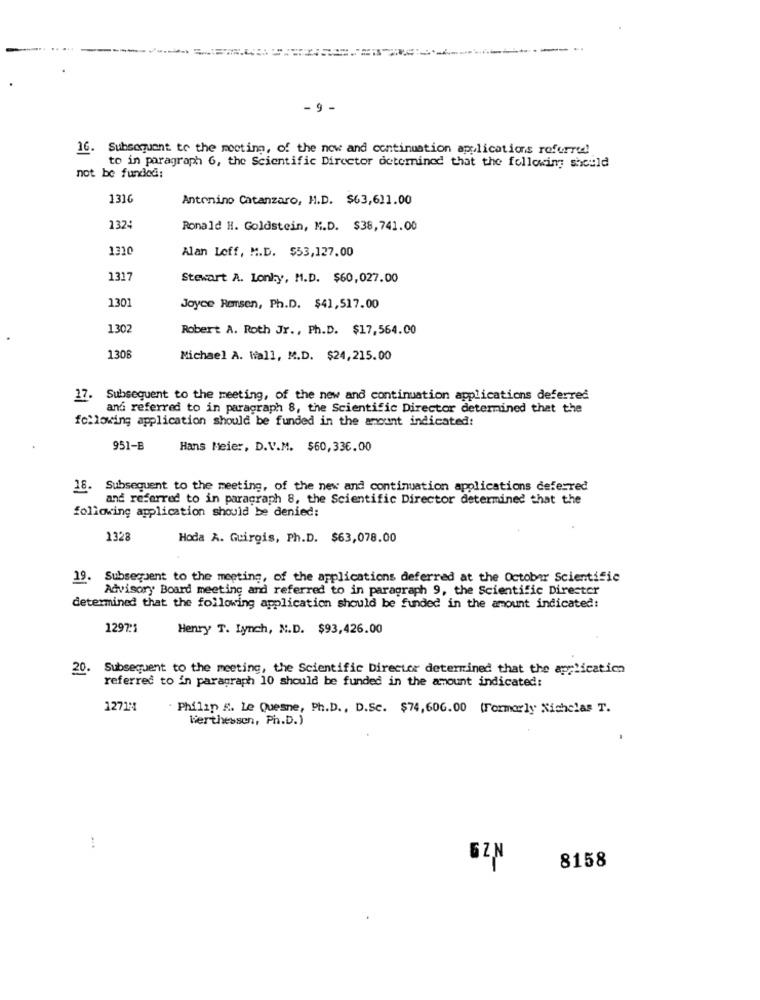
- 9 -
16. Subsequent to the meeting, of the now and continuation applications referred!
to in paragraph 6, the Scientific Director determined that the following should
not be funded:
1310
Antonino Catanzaro, H.D. $63,611.00
1324
Ronald H. Goldstein, M.D. $38,741.00
1310
Alan Loff, M.D. $53,127.00
1317
Stewart A. Lonky, M.D. $60,027.00
1301
Joyce Remsen, Ph.D. $41,517.00
1302
Robert A. Roth Jr ., Ph.D. $17,564.00
130B
Michael A. Wall, M.D. $24,215.00
17. Subsequent to the meeting, of the new and continuation applications deferred
and referred to in paragraph 8, the Scientific Director determined that the
following application should be funded in the amount indicated:
951-B
Hans Meier, D.V.M. $60, 336.00
18. Subsequent to the meeting, of the new and continuation applications deferred
and referred to in paragraph 8, the Scientific Director determined that the
following application should be denied:
1328
Hoda A. Guirgis, Ph.D. $63,078.00
19.
Subsequent to the meeting, of the applications deferred at the October Scientific
Advisory Board meeting and referred to in paragraph 9, the Scientific Director
determined that the following application should be funded in the amount indicated:
1292:1
Henry T. Lynch, N.D. $93,426.00
20. Subsequent to the meeting, the Scientific Director determined that the application
referred to in paragraph 10 should be funded in the amount indicated:
12714
Philip &. Le Quesne, Ph.D ., D.Sc. $74,606.00 formerly Nicholas T.
Werthessen, Ph.D.)
GZN
8158